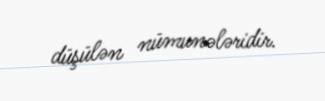
düşülən nümunələridir.